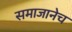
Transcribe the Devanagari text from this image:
समाजानेच